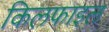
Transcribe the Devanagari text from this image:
किलफाइल